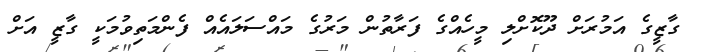
ގާޒީގެ އަމުރަށް ދޫކޮށްލި މީހެއްގެ ފަރާތުން މަރުގެ މައްސަލައެއް ފެންމަތިވުމަކީ ގާޒީ އަށް